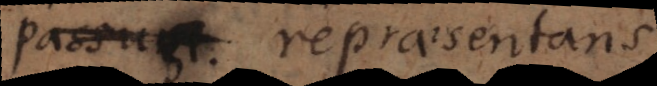
seu repraesentans